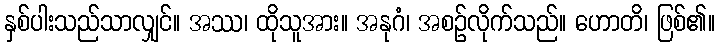
နှစ်ပါးသည်သာလျှင်။ အဿ၊ ထိုသူအား။ အနုဂံ၊ အစဉ်လိုက်သည်။ ဟောတိ၊ ဖြစ်၏။